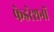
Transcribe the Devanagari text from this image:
फेडरेशनों